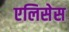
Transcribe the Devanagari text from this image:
एलिसेस